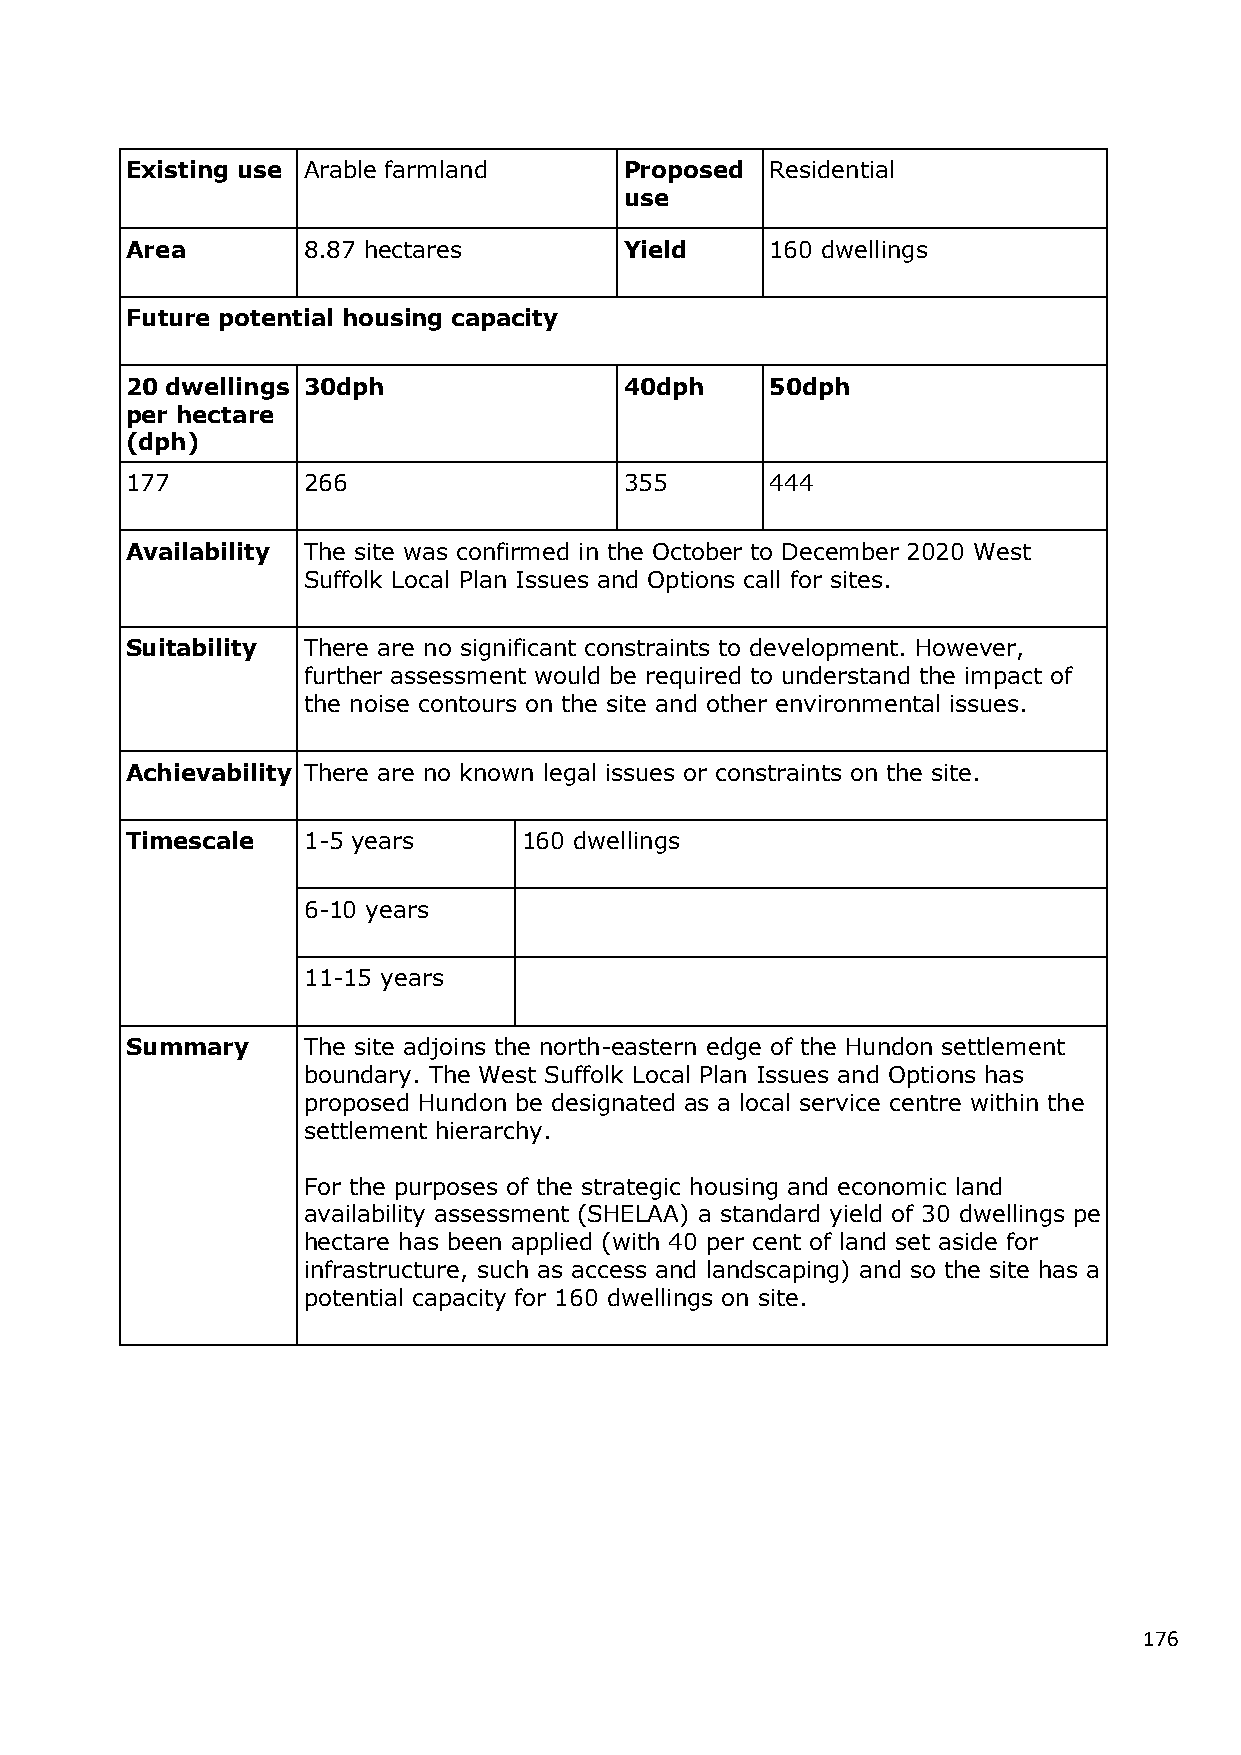
Existing use Arable farmland     Proposed  Residential
 use
 Area        8.87 hectares        Yield     160 dwellings
 Future potential housing capacity
 20 dwellings 30dph               40dph     50dph
 per hectare
 (dph)
 177         266                  355       444
 Availability The site was confirmed in the October to December 2020 West
 Suffolk Local Plan Issues and Options call for sites.
 Suitability There are no significant constraints to development. However,
 further assessment would be required to understand the impact of
 the noise contours on the site and other environmental issues.
 Achievability There are no known legal issues or constraints on the site.
 Timescale   1-5 years      160 dwellings
 6-10 years
 11-15 years
 Summary     The site adjoins the north-eastern edge of the Hundon settlement
 boundary. The West Suffolk Local Plan Issues and Options has
 proposed Hundon be designated as a local service centre within the
 settlement hierarchy.
 For the purposes of the strategic housing and economic land
 availability assessment (SHELAA) a standard yield of 30 dwellings pe
 hectare has been applied (with 40 per cent of land set aside for
 infrastructure, such as access and landscaping) and so the site has a
 potential capacity for 160 dwellings on site.
 176